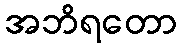
အဘိရတော